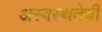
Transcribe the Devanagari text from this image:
अस्वस्थतेची